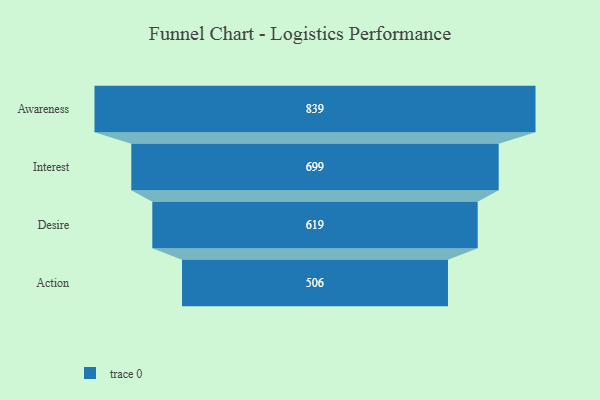
{"axis": {"x": "Stage", "y": "Value"}, "legend": [""], "data": [{"x": "Awareness", "y": 839.0, "type": ""}, {"x": "Interest", "y": 699.0, "type": ""}, {"x": "Desire", "y": 619.0, "type": ""}, {"x": "Action", "y": 506.0, "type": ""}]}